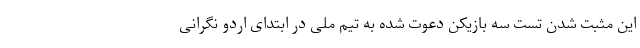
این مثبت شدن تست سه بازیکن دعوت شده به تیم ملی در ابتدای اردو نگرانی